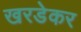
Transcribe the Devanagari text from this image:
खरडेकर